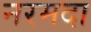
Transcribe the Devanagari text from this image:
नरमदा